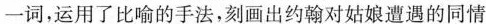
一词，运用了比喻的手法，刻画出约翰对姑娘遭遇的同情